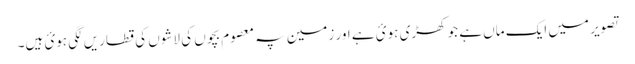
تصویر میں ایک ماں ہے جو کھڑی ہوئ ہے اور زمین پہ معصوم بچوں کی لاشوں کی قطاریں لگی ہوئ ہیں۔